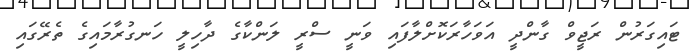
ޓައިގަރުން ރަޖީވް ގާންދީ އަވަހާރަކޮށްލާފައި ވަނީ ސްރީ ލަންކާގެ ދާހިލީ ހަނގުރާމައިގެ ތެރޭގައި